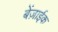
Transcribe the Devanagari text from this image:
बेंज़ाईक